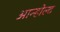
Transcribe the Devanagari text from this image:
आन्होल्ट